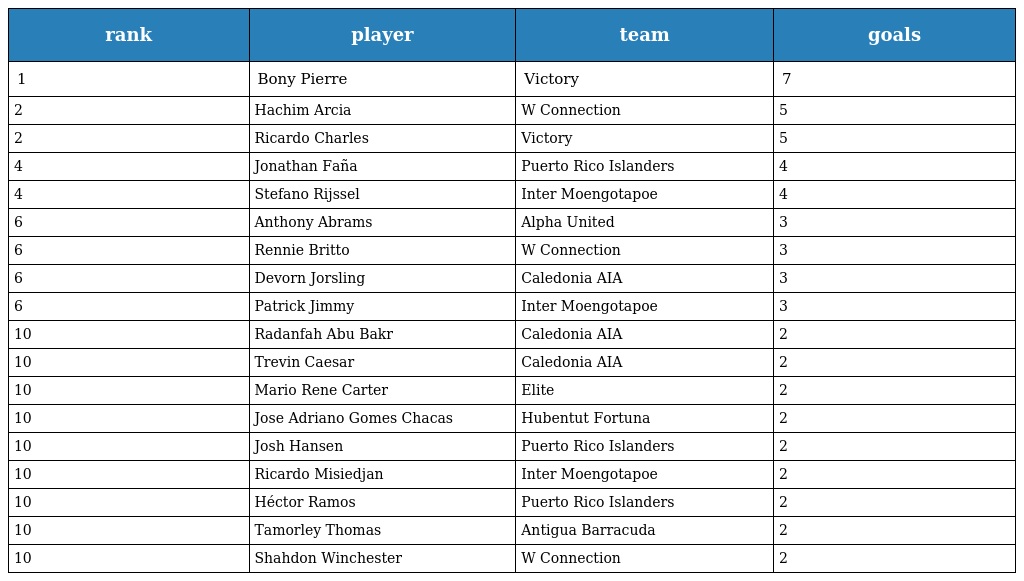
| rank | player | team | goals |
 | --- | --- | --- | --- |
 | 1 | Bony Pierre | Victory | 7 |
 | 2 | Hachim Arcia | W Connection | 5 |
 | 2 | Ricardo Charles | Victory | 5 |
 | 4 | Jonathan Faña | Puerto Rico Islanders | 4 |
 | 4 | Stefano Rijssel | Inter Moengotapoe | 4 |
 | 6 | Anthony Abrams | Alpha United | 3 |
 | 6 | Rennie Britto | W Connection | 3 |
 | 6 | Devorn Jorsling | Caledonia AIA | 3 |
 | 6 | Patrick Jimmy | Inter Moengotapoe | 3 |
 | 10 | Radanfah Abu Bakr | Caledonia AIA | 2 |
 | 10 | Trevin Caesar | Caledonia AIA | 2 |
 | 10 | Mario Rene Carter | Elite | 2 |
 | 10 | Jose Adriano Gomes Chacas | Hubentut Fortuna | 2 |
 | 10 | Josh Hansen | Puerto Rico Islanders | 2 |
 | 10 | Ricardo Misiedjan | Inter Moengotapoe | 2 |
 | 10 | Héctor Ramos | Puerto Rico Islanders | 2 |
 | 10 | Tamorley Thomas | Antigua Barracuda | 2 |
 | 10 | Shahdon Winchester | W Connection | 2 |